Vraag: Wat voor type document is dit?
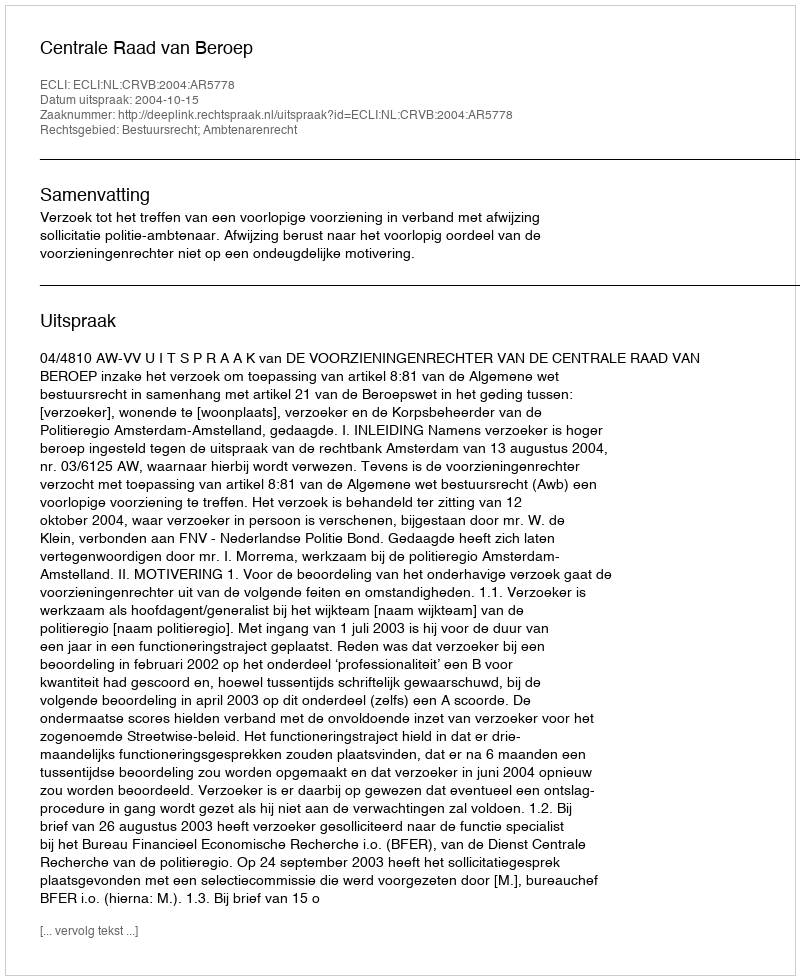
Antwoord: Uitspraak